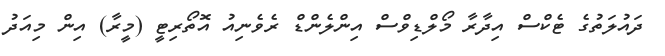
ދައުލަތުގެ ޓެކްސް އިދާރާ މޯލްޑިވްސް އިންލެންޑް ރެވެނިއު އޮތޯރިޓީ (މީރާ) އިން މިއަދު